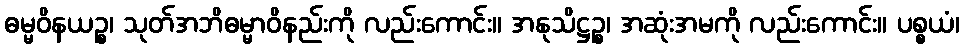
ဓမ္မဝိနယဉ္စ၊ သုတ်အဘိဓမ္မာဝိနည်းကို လည်းကောင်း။ အနုသိဋ္ဌဉ္စ၊ အဆုံးအမကို လည်းကောင်း။ ပစ္စယံ၊